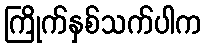
ကြိုက်နှစ်သက်ပါက